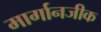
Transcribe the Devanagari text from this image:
मार्गानजीक